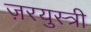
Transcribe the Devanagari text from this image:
ज़रयुस्त्री